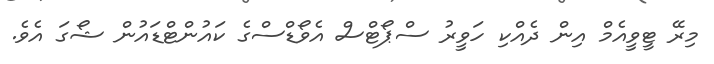
މިރޭ ޓީވީއެމް އިން ދެއްކި ހަވީރު ސްޕޯޓްސް އެވޯޑްސްގެ ކައުންޓްޑައުން ޝޯގަ އެވެ.